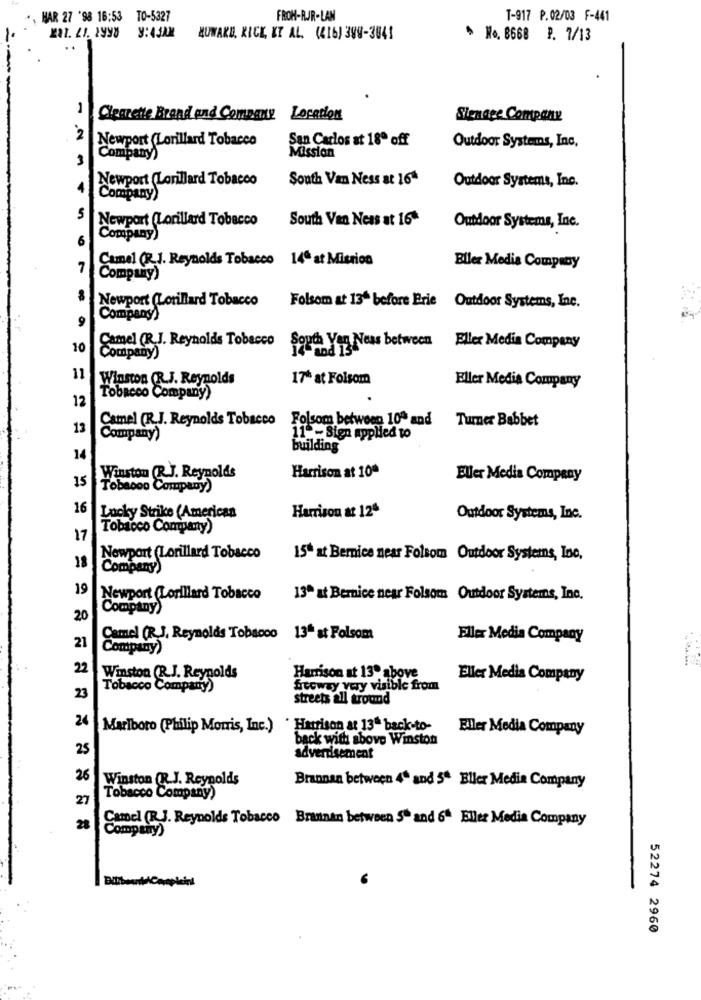
HAR 27 '98 16:53 TO-5327
FROH-RJR-LAN
T-917 P.02/03 F-441
KRI. 21. 1998 9:430X
AUWARD, KICK, ET AL. (416) 399-3041
* No. 8668 P. 7/13
..
Cleanette Brand and Company Location
Signage Company
2
Newport (Lorillard Tobacco
San Carlos at 18º off
Outdoor Systems, Inc.
Company)
Mission
Newport (Lorillard Tobacco
South Van Ness at 16ª
Outdoor Systems, Inc.
Company)
5
Newport (Lorillard Tobacco
South Van Ness at 16
Outdoor Systems, Inc.
6
Company)
Cumnel (R.J. Reynolds Tobacco 14ª at Misrion
7
Eller Media Company
Company)
Newport (Lorillard Tobacco Folsom at 13ª before Erie Outdoor Systems, Inc.
9
Company)
Camel (R.J. Reynolds Tobacco
10
Soud Yur Neas between Eller Media Company
Company)
11
Winston (R.J. Reynolds
17ª at Folsom
Eller Media Company
12
Tobacco Company)
Camel (R.J. Reynolds Tobacco
Folsom between 10ª and Turner Babbet
13
Company)
11 - Sign applied to
building
14
Harrison at 10ª
Winston (R.J. Reynolds
Eller Media Company
15
Tobaooo Company)
16
Harrison at 124
Lucky Strike (American
Outdoor Systems, Inc.
Tobacco Conquanty)
17
Newport (Lorillard Tobacco
15* at Bernice near Folsom Outdoor Systems, Inc.
18
Company)
19
Newport (Lorillard Tobacco
13ª at Bernice near Folsom Outdoor Systems, Inc.
Company)
20
Camel (R.J. Reynolds Tobacco 13ª st Folsom
Eller Media Company
21
Company)
22
Harrison at 13º above
Winston (R.J. Reynolds
Eller Media Company
Tobacco Compatiy)
freeway very visible from
23
streets all tround
24
Marlboro (Philip Morris, Inc.) ' Harrison at 13" back-to-
Eller Media Company
back with above Winston
25
advertisement
26
Winston (R.J. Reynolds
Brannan between 4 and 5ª Eller Media Company
27
Tobacco Company)
Camel (R.J. Reynolds Tobacco Brannan between S" and 6ª Eller Media Company
28
Company)
52274 2960